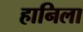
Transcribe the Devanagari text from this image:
हानिला